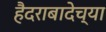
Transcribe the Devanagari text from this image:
हैदराबादेच्या